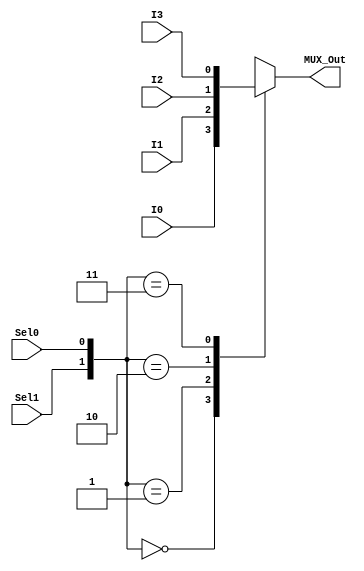
// Module Name:    Multiplexer_4_to_1 

module Multiplexer_4_to_1(I0,I1,I2,I3,Sel0,Sel1,MUX_Out);
	input I0,I1,I2,I3,Sel0,Sel1;
	output reg MUX_Out;
	always@(I0,I1,I2,I3,Sel0,Sel1)
	begin
	case({Sel1,Sel0})
		2'b00: MUX_Out = I0;
		2'b01: MUX_Out = I1;
		2'b10: MUX_Out = I2;
		2'b11: MUX_Out = I3;
	endcase
	end
endmodule